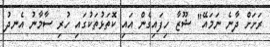
ރަށަށް ދާނެ ނަމައޭ" ޝޫޒާ ހިފައިގެން އައި ކޮތަޅުތަކުގައި ހުރި ސާމާނު އެނދު